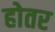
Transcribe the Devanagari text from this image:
होतर